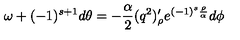
\omega + ( - 1 ) ^ { s + 1 } d \theta = - { \frac { \alpha } { 2 } } ( q ^ { 2 } ) _ { \rho } ^ { \prime } e ^ { ( - 1 ) ^ { s } { \frac { \rho } { \alpha } } } d \phi